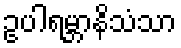
ဥပါရမ္ဘာနိသံသာ